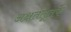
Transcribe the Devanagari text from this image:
अक्षतंतूतर्फे